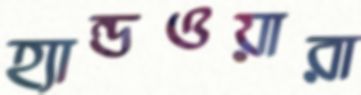
হ্যান্ডওয়ারা